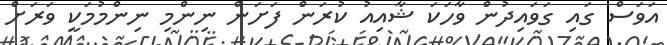
އަވަސް ގައި ގަވައިދުން ވާހަކަ ޝާއިއު ކުރަން ފަށަން ނިންމި ނިންމުމަކީ ވަރަށް